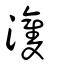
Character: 𤅞